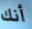
أنك